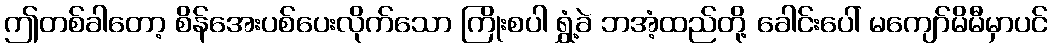
ဤတစ်ခါတော့ စိန်အေးပစ်ပေးလိုက်သော ကြိုးစပါ ရွှံ့ခဲ ဘအံ့ထည်တို့ ခေါင်းပေါ် မကျော်မိမီမှာပင်